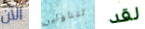
الآن تتناولين لقد